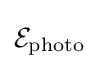
{\mathcal {E}}_{\mathrm {photo} }